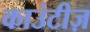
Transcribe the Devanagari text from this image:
काउंटीज़